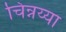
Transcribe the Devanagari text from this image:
चिन्नय्या